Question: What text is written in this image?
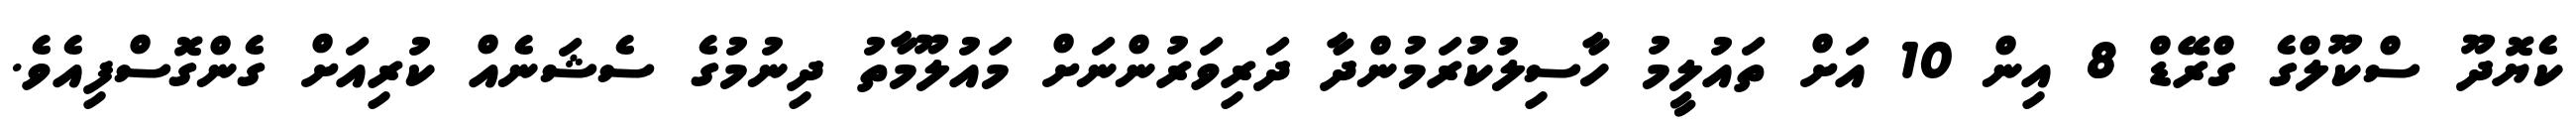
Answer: ކެޔޮދޫ ސްކޫލްގެ ގްރޭޑް 8 އިން 10 އަށް ތައުލީމު ހާސިލުކުރަމުންދާ ދަރިވަރުންނަށް މައުލޫމާތު ދިނުމުގެ ސެޝަނެއް ކުރިއަށް ގެންގޮސްފިއެވެ.